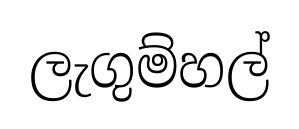
ලැගුම්හල්